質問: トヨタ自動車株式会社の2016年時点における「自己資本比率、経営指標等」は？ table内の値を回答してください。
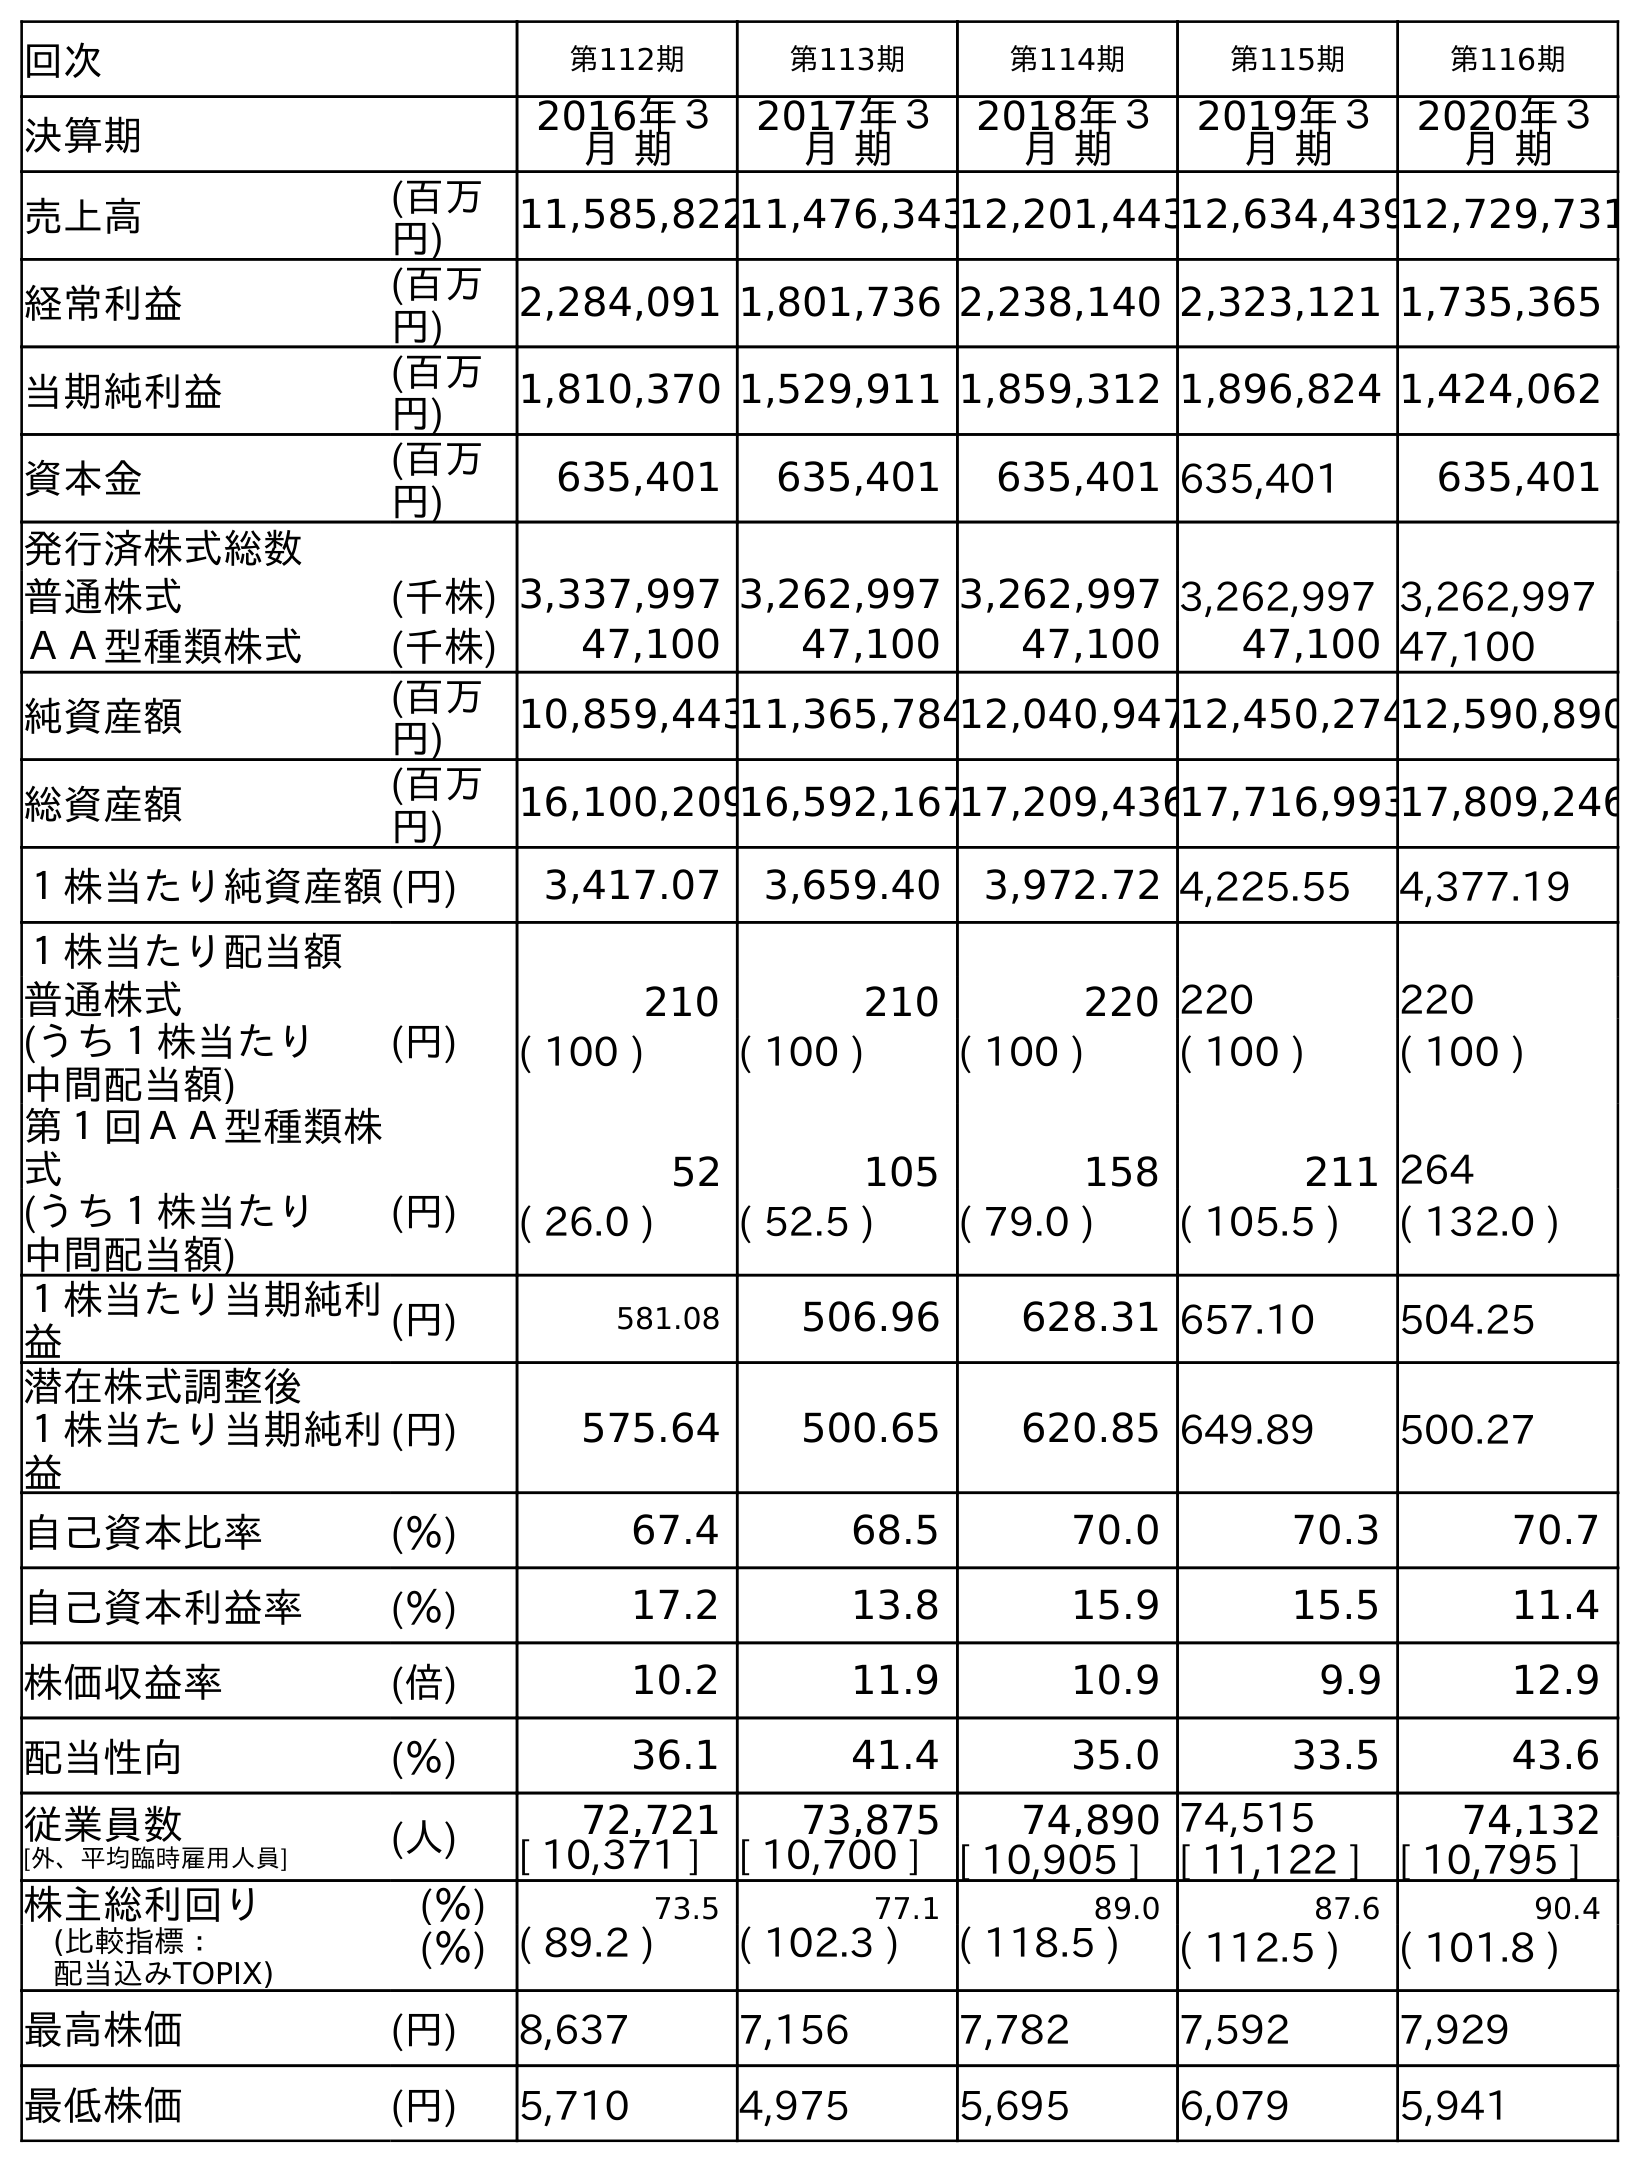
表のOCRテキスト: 回次 第112期 第113期 第114期 第115期 第116期 決算期 2016年３ 月 期 2017年３ 月 期 2018年３ 月 期 2019年３ 月 期 2020年３ 月 期 売上高 (百万 円) 11,585,82211,476,34312,201,44312,634,43912,729,731 経常利益 (百万 円) 2,284,091 1,801,736 2,238,140 2,323,121 1,735,365 当期純利益 (百万 円) 1,810,370 1,529,911 1,859,312 1,896,824 1,424,062 資本金 (百万 円) 635,401 635,401 635,401 635,401 635,401 発行済株式総数 普通株式 (千株) 3,337,997 3,262,997 3,262,997 3,262,997 3,262,997 ＡＡ型種類株式 (千株) 47,100 47,100 47,100 47,100 47,100 純資産額 (百万 円) 10,859,44311,365,78412,040,94712,450,27412,590,890 総資産額 (百万 円) 16,100,20916,592,16717,209,43617,716,99317,809,246 １株当たり純資産額(円) 3,417.07 3,659.40 3,972.72 4,225.55 4,377.19 １株当たり配当額 普通株式 (円) 210 210 220 220 220 (うち１株当たり 中間配当額) ( 100 ) ( 100 ) ( 100 ) ( 100 ) ( 100 ) 第１回ＡＡ型種類株 式 52 105 158 211 264 (うち１株当たり 中間配当額) (円) ( 26.0 ) ( 52.5 ) ( 79.0 ) ( 105.5 ) ( 132.0 ) １株当たり当期純利 益 (円) 581.08 506.96 628.31 657.10 504.25 潜在株式調整後 １株当たり当期純利 益 (円) 575.64 500.65 620.85 649.89 500.27 自己資本比率 (％) 67.4 68.5 70.0 70.3 70.7 自己資本利益率 (％) 17.2 13.8 15.9 15.5 11.4 株価収益率 (倍) 10.2 11.9 10.9 9.9 12.9 配当性向 (％) 36.1 41.4 35.0 33.5 43.6 従業員数 [外、平均臨時雇用人員] (人) 72,721 73,875 74,890 74,515 74,132 [ 10,371 ] [ 10,700 ] [ 10,905 ] [ 11,122 ] [ 10,795 ] 株主総利回り (％) 73.5 77.1 89.0 87.6 90.4 (比較指標： 配当込みTOPIX) (％) ( 89.2 ) ( 102.3 ) ( 118.5 ) ( 112.5 ) ( 101.8 ) 最高株価 (円) 8,637 7,156 7,782 7,592 7,929 最低株価 (円) 5,710 4,975 5,695 6,079 5,941
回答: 67.4